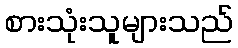
စားသုံးသူများသည်